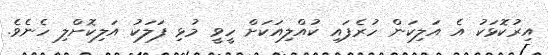
އިރުކޮޅަކު އެ އަލިކަން ހުރެފައި ކުއްލިއަކަށް ހީވީ މުޅި ފަލަކު އަލިކޮށްލި ހެނެވެ.